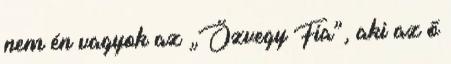
nem én vagyok az „Özvegy Fia”, aki az ő